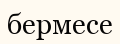
бермесе